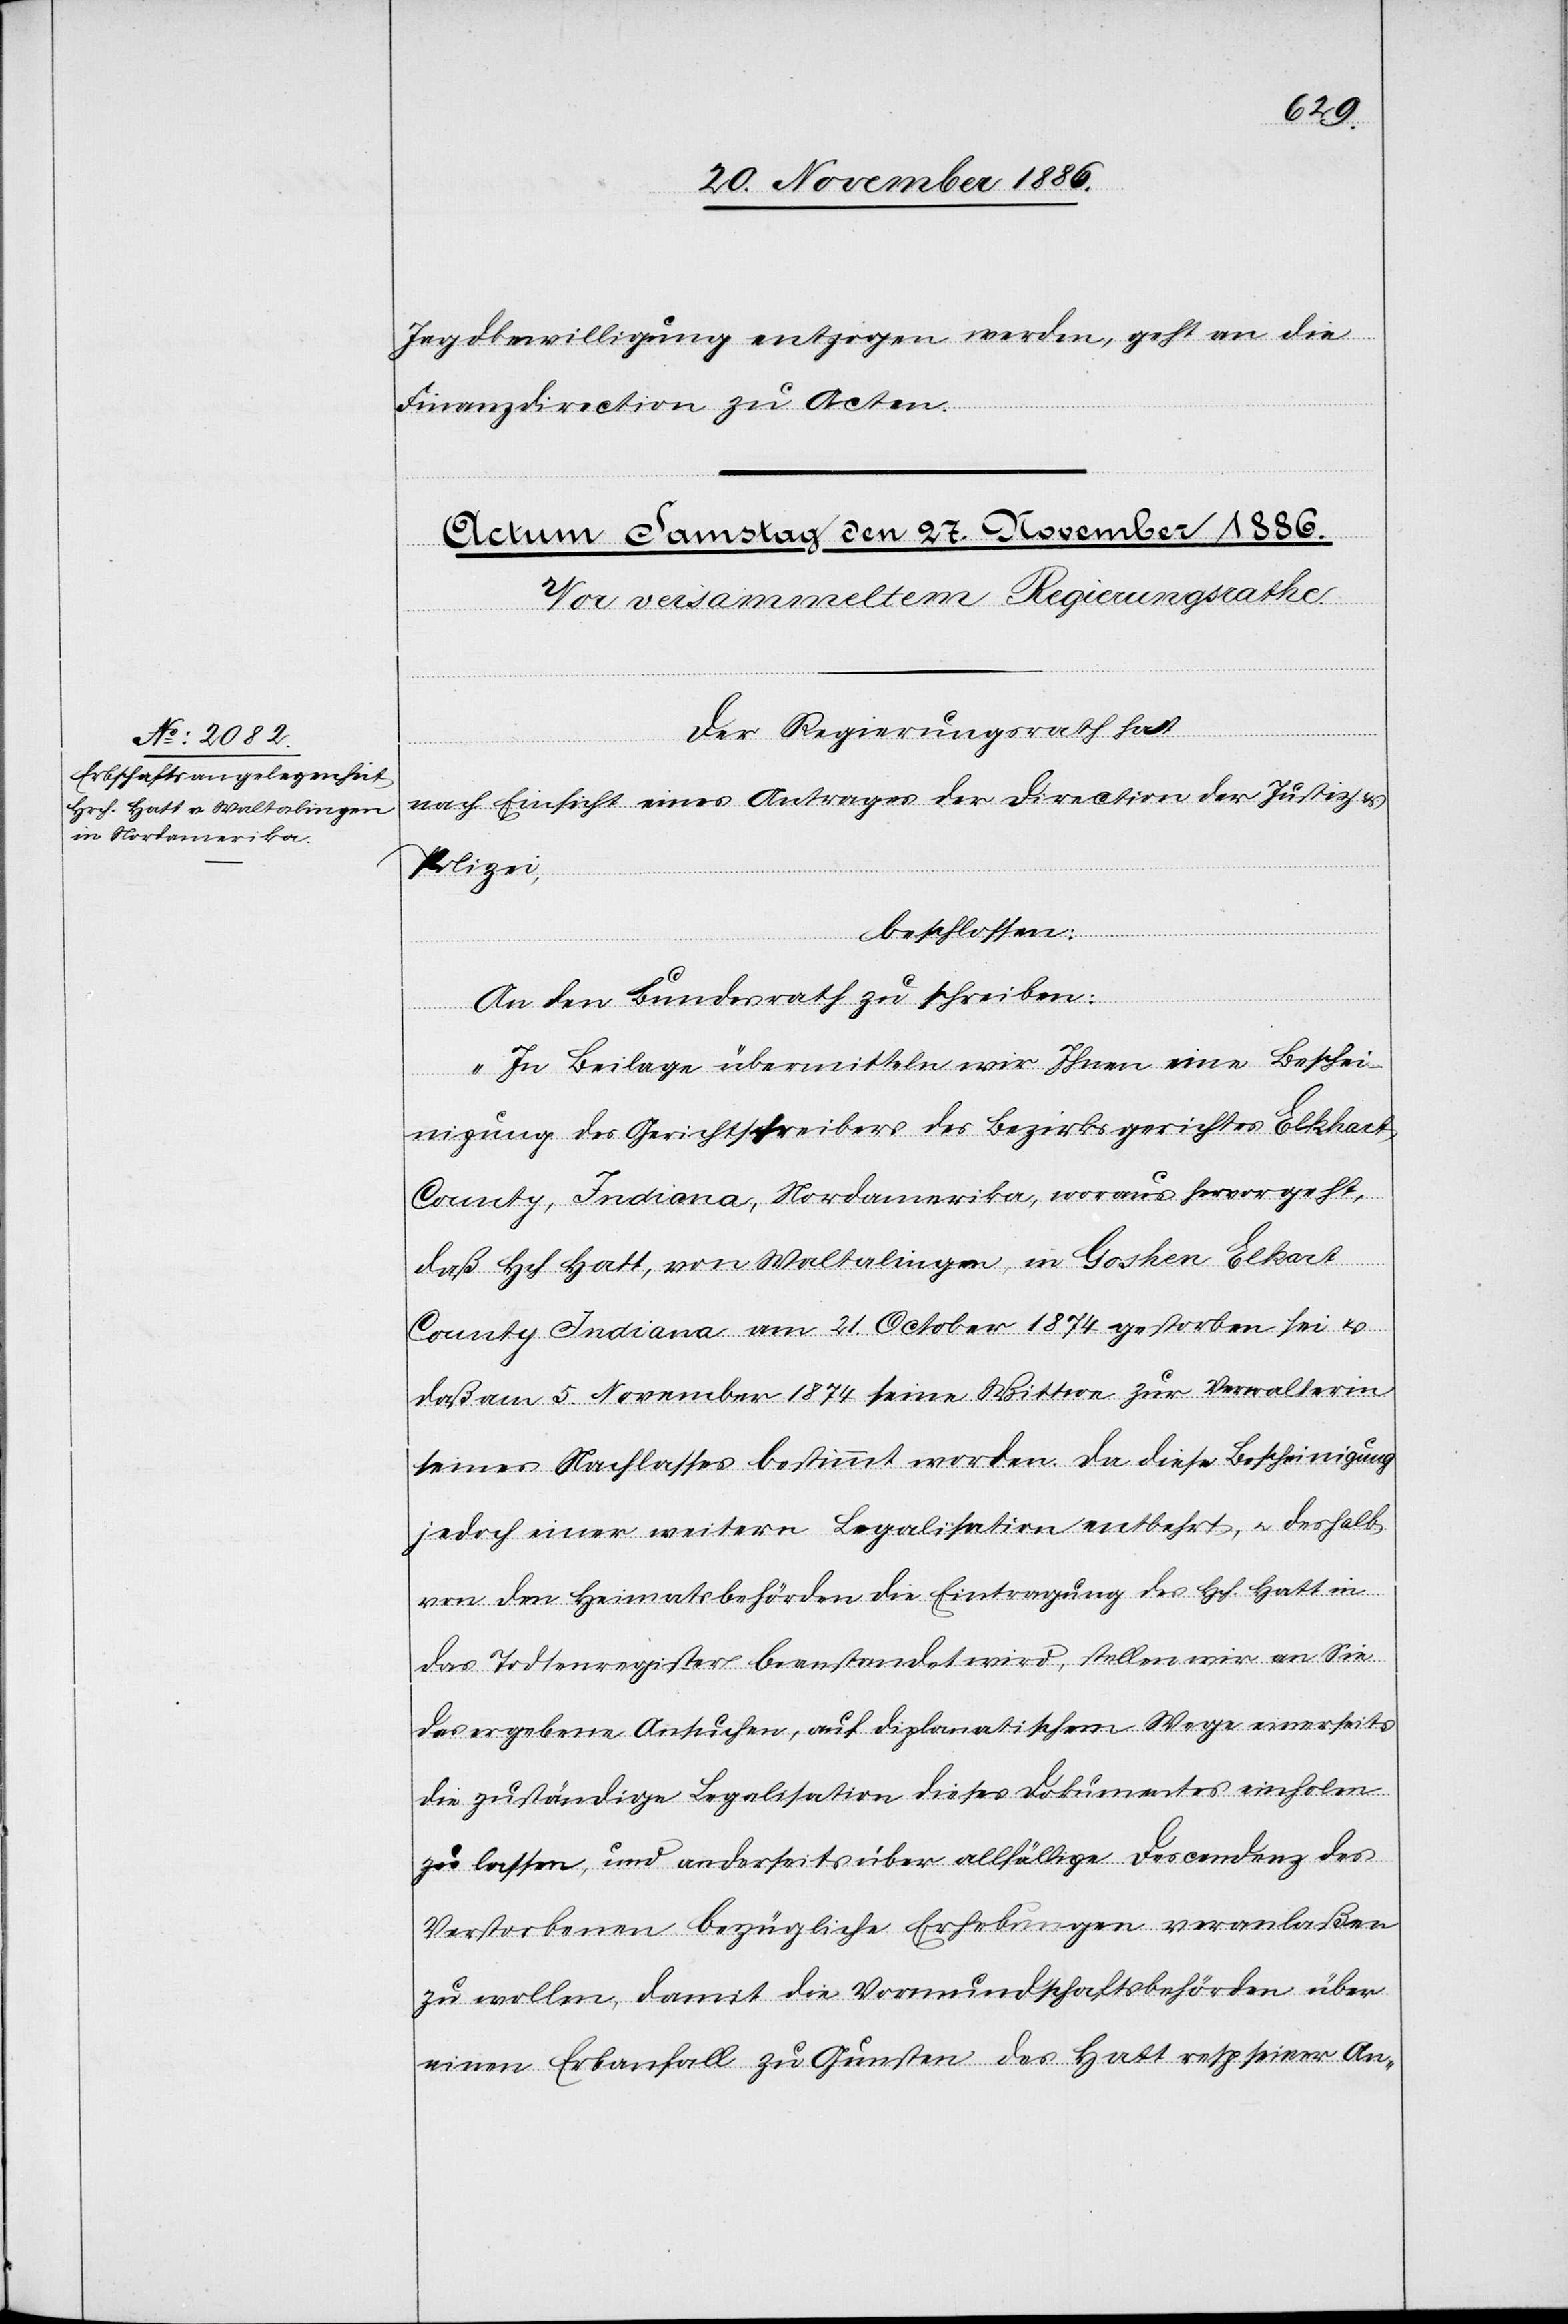
Jagdbewilligung[en] entzogen werden, geht an die
Finanzdirection zu Acten.
von
Der Regierungsrath hat
Hatt,
nach Einsicht eines Antrages der Direction der Justiz
Polizei,
beschlossen:
Waltalingen,
in Goshen
An den Bundesrath zu schreiben:
„In Beilage übermitteln wir Ihnen eine Beschei¬
nigung des Gerichtschreibers des Bezirksgerichtes Elkhart
County, Indiana, Nordamerika, woraus hervorgeht,
County Indiana am 21. October 1874 gestorben sei &
daß am 5. November 1874 seine Wittwe zur Verwalterin
seines Nachlasses bestimmt worden. Da diese Bescheinigung
jedoch einer weitern Legalisation entbehrt, & deshalb
von den Heimatsbehörden die Eintragung des Hch. Hatt in
das Todtenregister beanstandet wird, stellen wir an Sie
das ergebene Ansuchen, auf diplomatischem Wege einerseits
die zuständige Legalisation dieses Dokumentes einholen
zu lassen, und anderseits über allfällige Descendenz des
Verstorbenen bezügliche Erhebungen veranlaßen
zu wollen, damit die Vormundschaftsbehörden über
einen Erbanfall zu Gunsten des Hatt resp. seiner An-